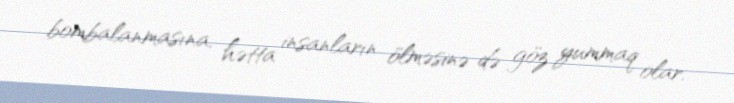
bombalanmasına, hətta insanların ölməsinə də göz yummaq olar.